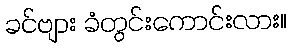
ခင်ဗျား ခံတွင်းကောင်းလား။